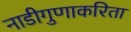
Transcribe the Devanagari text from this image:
नाडीगुणाकरिता